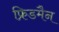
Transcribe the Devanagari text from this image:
फ्रिडमैन